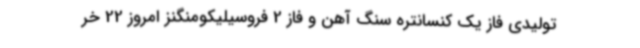
تولیدی فاز یک کنسانتره سنگ آهن و فاز 2 فروسیلیکومنگنز امروز 22 خر